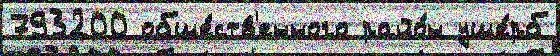
793200 обще́ств'енного райо́н уще́рб